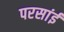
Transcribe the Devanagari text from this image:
परसांई